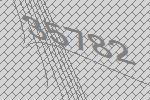
35782